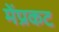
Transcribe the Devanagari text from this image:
मेंप्रकट